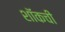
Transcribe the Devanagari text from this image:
शॉकची